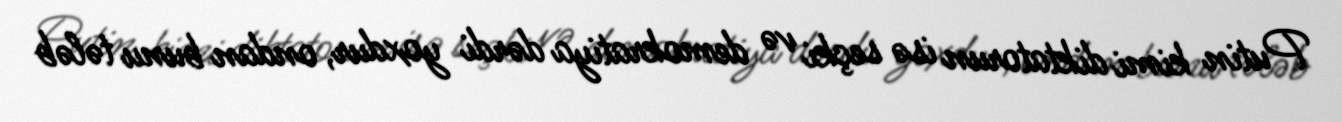
Putin kimi diktatorun isə seçki və demokratiya dərdi yoxdur, ondan bunu tələb